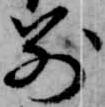
別